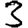
Digit: 3